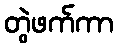
တွဲဖက်ကာ